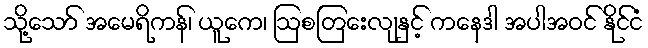
သို့သော် အမေရိကန်၊ ယူကေ၊ ဩစတြေးလျနှင့် ကနေဒါ အပါအဝင် နိုင်ငံ